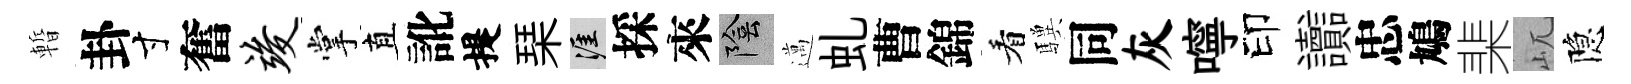
暫卦寸奮竣掌直訛提琹涯採來陰邁虬曹錦看驥同灰嚀印讟忠鳩棐屼隐